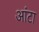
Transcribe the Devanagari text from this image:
आंटा